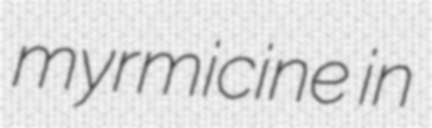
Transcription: myrmicine in